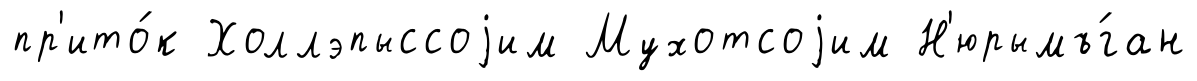
пр'ито́к Холлэпыссоjим Мухотсоjим Н'юрымъ́ган